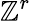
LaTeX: \mathbb{Z}^{r}